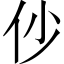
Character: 仯